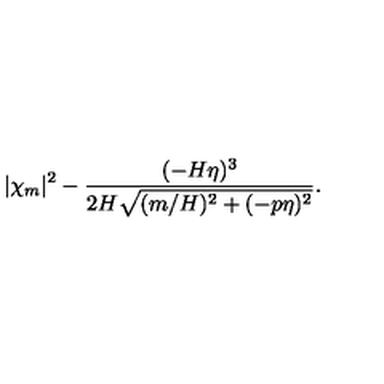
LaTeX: | \chi _ { m } | ^ { 2 } - \frac { ( - H \eta ) ^ { 3 } } { 2 H \sqrt { ( m / H ) ^ { 2 } + ( - p \eta ) ^ { 2 } } } .